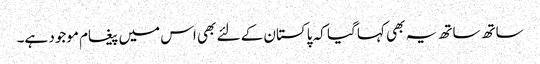
ساتھ ساتھ یہ بھی کہا گیا کہ پاکستان کے لئے بھی اس میں پیغام موجود ہے۔